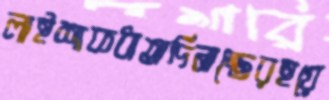
লাইশাকধাতাদিনান্তেরহয়ে